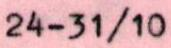
24-31/10